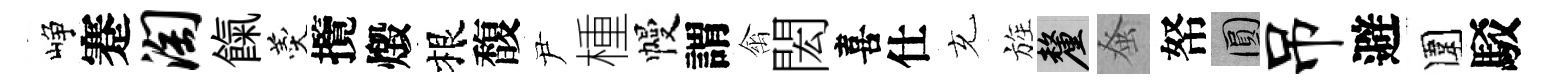
峥蹇淘餼羹攬燬根馥尹㮔幔謂禽閎喜仕充旌厘𫊫帑圓吊避圍駁